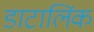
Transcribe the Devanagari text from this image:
डाटालिंक